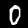
Digit: 0